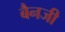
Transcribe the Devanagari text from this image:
बैनजी